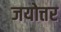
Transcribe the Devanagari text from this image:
जयोत्तर